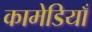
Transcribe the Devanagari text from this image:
कामेडियाँ